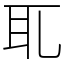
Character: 耴